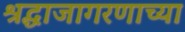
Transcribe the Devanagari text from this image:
श्रद्धाजागरणाच्या